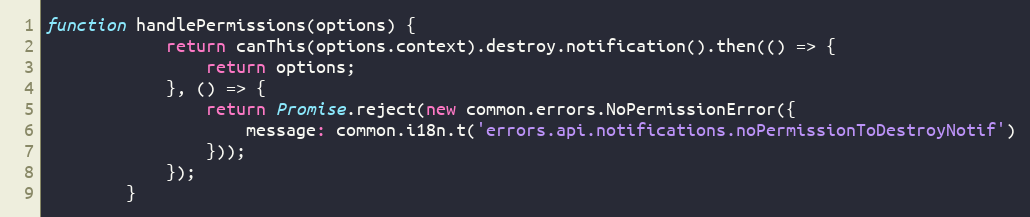
Language: JavaScript
function handlePermissions(options) {
            return canThis(options.context).destroy.notification().then(() => {
                return options;
            }, () => {
                return Promise.reject(new common.errors.NoPermissionError({
                    message: common.i18n.t('errors.api.notifications.noPermissionToDestroyNotif')
                }));
            });
        }